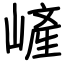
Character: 嵼